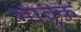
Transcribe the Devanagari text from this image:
भावुक